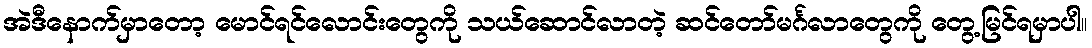
အဲဒီနောက်မှာတော့ မောင်ရင်လောင်းတွေကို သယ်ဆောင်လာတဲ့ ဆင်တော်မင်္ဂလာတွေကို တွေ့မြင်ရမှာပါ။